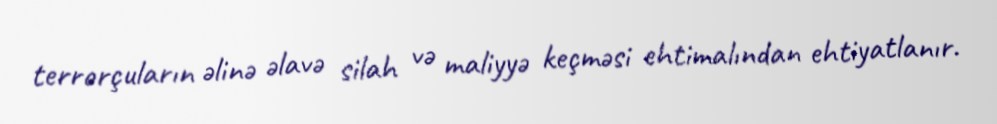
terrorçuların əlinə əlavə silah və maliyyə keçməsi ehtimalından ehtiyatlanır.